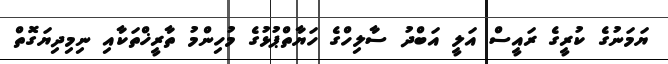
ޔަމަނުގެ ކުރީގެ ރައީސް އަލީ އަބްދު ސާލިހްގެ ހަޔާތްޕުޅުގެ މުހިންމު ތާރީޚްތަކާއި ނިމިދިޔަގޮތް